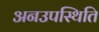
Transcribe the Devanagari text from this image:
अनउपस्थिति